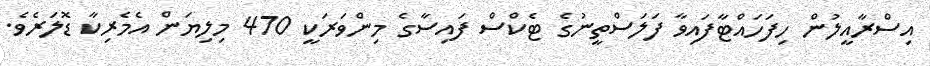
އިސްރާއީލުން ހިފަހައްޓާފައިވާ ފަލަސްތީނުގެ ޓެކްސް ފައިސާގެ މިންވަރަކީ 470 މިލިޔަން އެމެރިކާ ޑޮލަރެވެ.